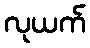
လုယက်